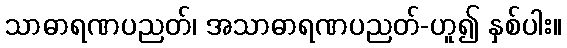
သာဓာရဏပညတ်၊ အသာဓာရဏပညတ်-ဟူ၍ နှစ်ပါး။